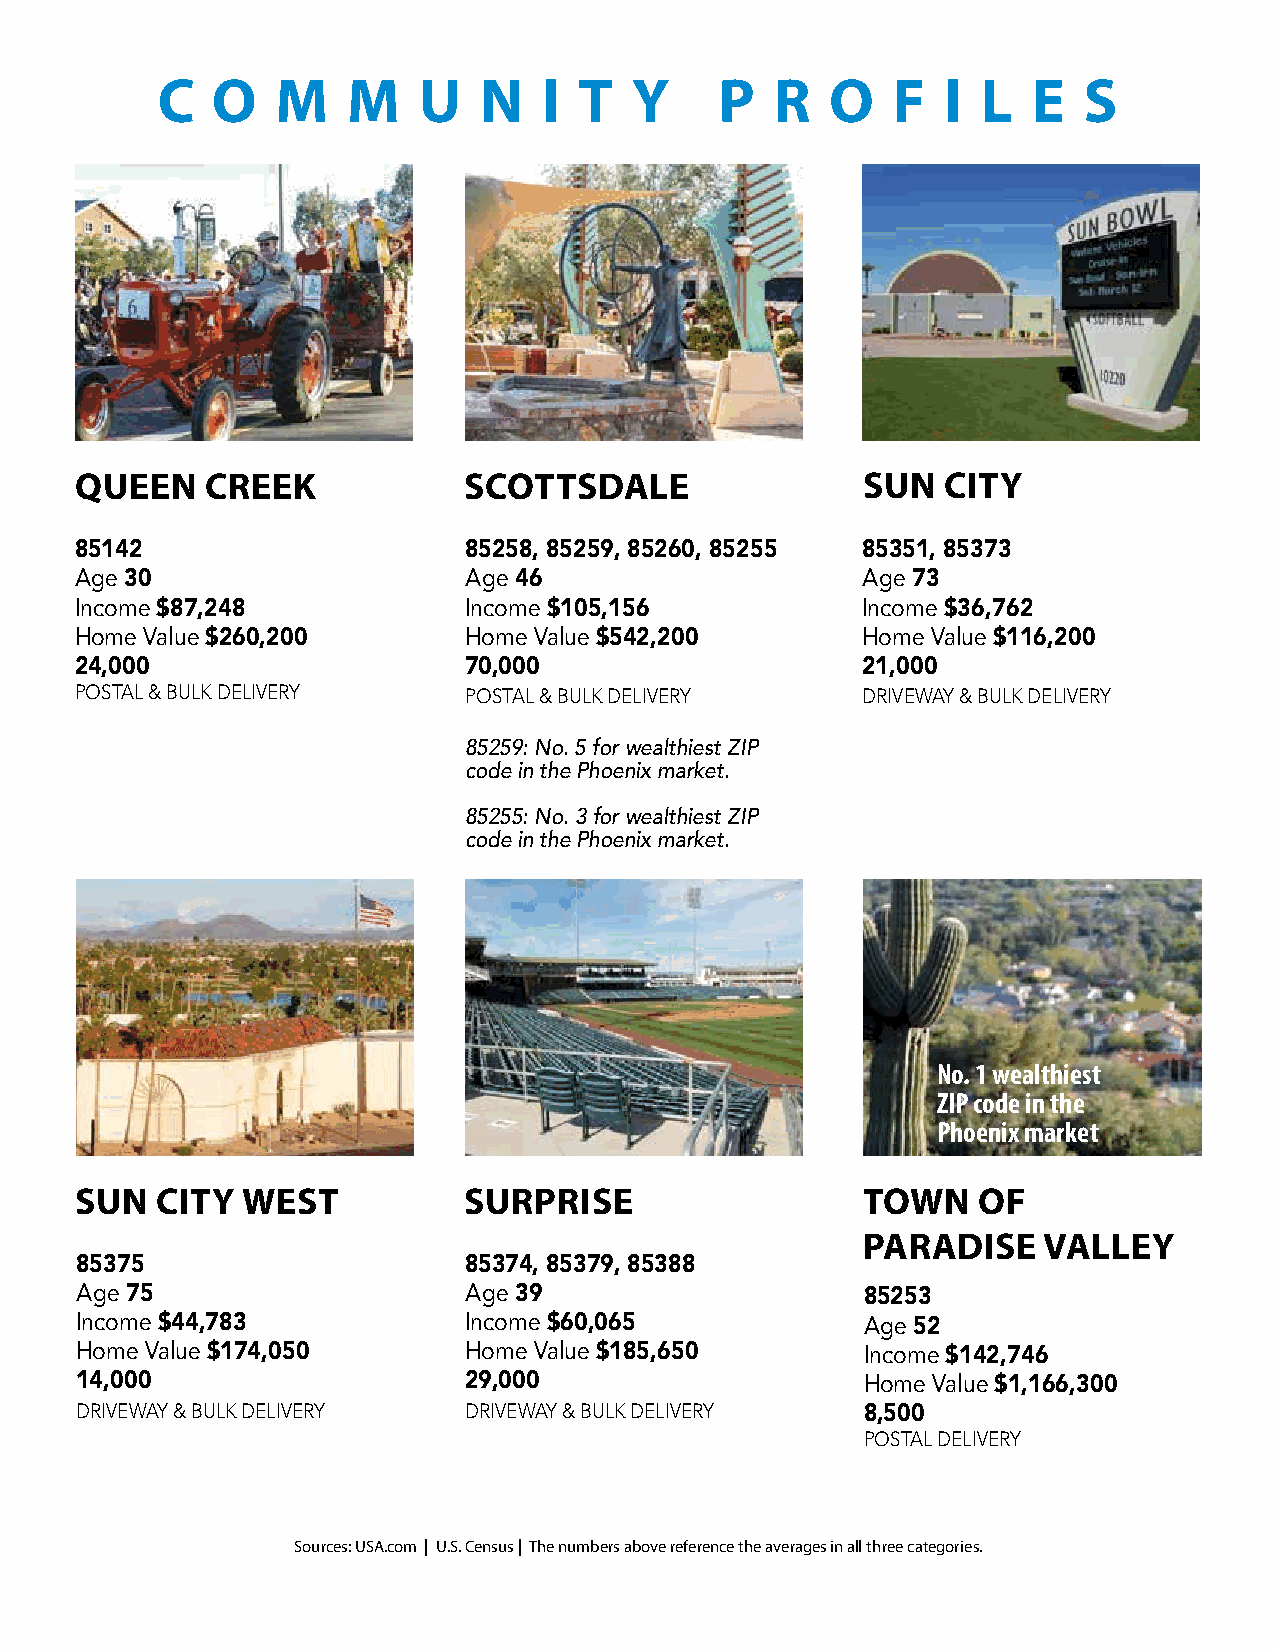
C   O   M    M    U   N   I T   Y     P  R   O   F   I L  E   S
 QUEEN    CREEK            SCOTTSDALE                SUN   CITY
 85142                     85258, 85259, 85260, 85255 85351, 85373
 Age 30                    Age 46                    Age 73
 Income $87,248            Income $105,156           Income $36,762
 Home Value $260,200       Home Value $542,200       Home Value $116,200
 24,000                    70,000                    21,000
 POSTAL & BULK DELIVERY    POSTAL & BULK DELIVERY    DRIVEWAY & BULK DELIVERY
 85259: No. 5 for wealthiest ZIP
 code in the Phoenix market.
 85255: No. 3 for wealthiest ZIP
 code in the Phoenix market.
 No. 1 wealthiest
 ZIP code in the
 Phoenix market
 SUN  CITY  WEST           SURPRISE                  TOWN    OF
 PARADISE    VALLEY
 85375                     85374, 85379, 85388
 Age 75                    Age 39                    85253
 Income $44,783            Income $60,065            Age 52
 Home Value $174,050       Home Value $185,650       Income $142,746
 14,000                    29,000                    Home Value $1,166,300
 DRIVEWAY & BULK DELIVERY  DRIVEWAY & BULK DELIVERY  8,500
 POSTAL DELIVERY
 Sources: USA.com | U.S. Census | The numbers above reference the averages in all three categories.